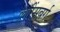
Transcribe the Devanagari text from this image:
लॉरेंसबर्ग